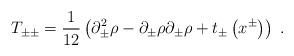
LaTeX: \begin{align*}T_{\pm\pm}={1\over12}\left(\partial_{\pm}^2\rho-\partial_{\pm}\rho\partial_{\pm}\rho+t_{\pm}\left(x^{\pm}\right)\right)\;.\end{align*}